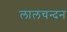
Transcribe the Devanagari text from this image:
लालचन्दन